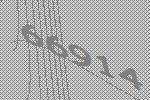
66914